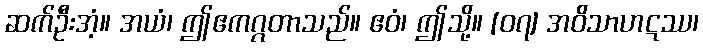
ဆက်ဦးအံ့။ အယံ၊ ဤဧကဂ္ဂတာသည်။ ဧဝံ၊ ဤသို့။ [၀၇] အဝိသာဟဋဿ၊